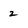
Character: 2